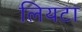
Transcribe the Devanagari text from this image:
लियटा